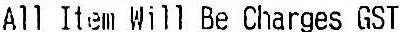
ALL ITEM WILL BE CHARGES GST